Medical and sanitary report of the native army of Bengal for the year
Year: 1876
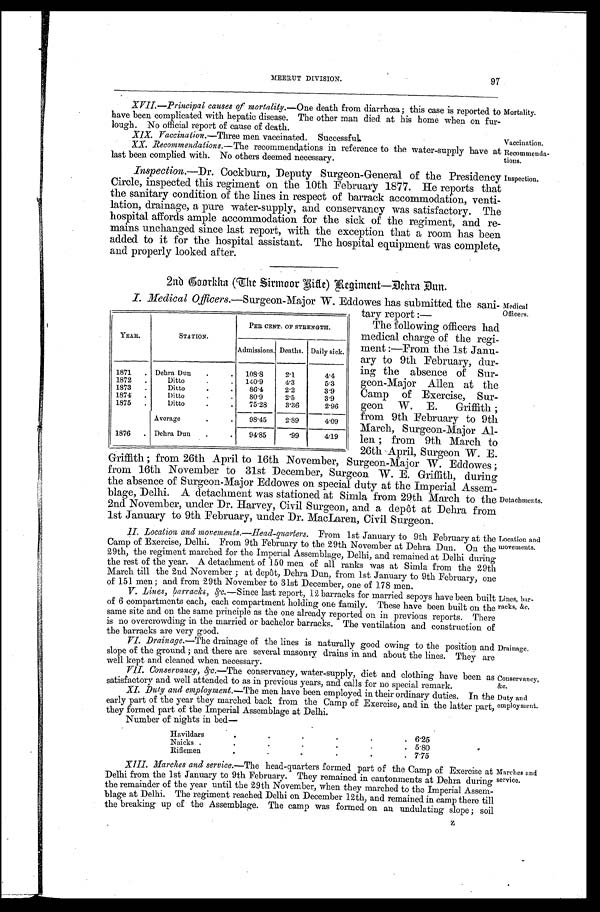
Officers.
Detachments.
Location and
movements.
97
MEERUT DIVISION.
XVII—Principal causes of mortality.—One death from. diarrhœa; this case is reported to Mortality.
have been complicated with hepatic disease. The other man died at his home when on fur
-lough. No official report of cause of death.
XIX.Vaccination.—Three men vaccinated. Successful.Vaccination.
XX. Recommendations.— The recommendations in reference to the water-supply have at
Recommenda- tions.
last been complied with. No others deemed necessary.
Inspection.—Dr. Cockburn, Deputy Surgeon-General of the Presidency Inspection.
Circle, inspected this regiment on the 10th February 1877. He reports that
the sanitary condition of the lines in respect of barrack accommodation, venti
-lation, drainage, a pure water-supply, and conservancy was satisfactory. The
hospital affords ample accommodation for the sick of the regiment, and re
-mains unchanged since last report, with the exception that a room has been
added to it for the hospital assistant. The hospital equipment was complete,
and properly looked after.
2nd Goorkha (The Sirmoor Kitle)Regiment—Dehra Dun.
I. Medical Officers.—Surgeon-Major W Eddowes has submitted the sani- Medical officers.
tary report:—
The following officers had
medical charge of the regi
-ment:—From the 1st Janu
-ary to 9th February, dur
-ing the absence of Sur
-geon-Major Allen at the
Camp of Exercise, Sur
-geon W. E. Griffith;
from 9th February to 9th
March, Surgeon-Major
; from 9th March to
26th April, Surgeon W. E.
Griffith; from 26th April to 16th November surgeon-Major W. Eddowes;
from 16th November to 31st December, Surgeon W. E. Griffith, during
the absence of Surgeon-Major Eddowes on special duty at the Imperial Assem
- b l a g e , D e l h i . A d e t a c h m e n t w a s s t a t i o n e d a t S i m l a f r o m 2 9 t h M a r c h t o t h e
2nd November, under Dr. Harvey, Civil Surgeon, and a depôt at Dehra from
1st January to 9th February, under Dr. MacLaren, Civil Surgeon.
YEAR.
STATION.
PER CENT. OF STRENGTH.
Admissions. Deaths. Daily sick.
1871 Dehra Dun
108. 8
2.1
4.4
•
1872
Ditto
140.9 4.3
5.3
.
1873
D i t t t o 86.4 2.2
3 . 9
1874
D i t t o 80.9 2.5
3.9
1875
Ditto
75.28 3.36 2.96
Average
98.45 2.89 4.09
1876 Dehra Dun
94.85 .99
4.19
. 1 1 . L o c a t i o n a n d m o v e m e n t s . — H e a d - q u a r t e r s .
F r o m 1 s t J a n u a r y t o 9 t h F e b r u a r y a t t h e
Camp of Exercise, Delhi. From 9th February to the 29th November at Dehra Dun. On the
29th, the regiment marched for the Imperial Assemblage, Delhi, and remained at Delhi during
the rest of the year. A detachment of 150 men of all ranks was at Simla from the 29th
Mar ch t i l l t he 2nd November ; at depôt , Dehr a Dun, f r om 1st Januar y t o 9t h Febr uar y, one
of 151 men; and from 29th November to 31st December, one of 178 men.
V. Lines,barracks, &c.—Since last report, 12 barracks for married sepoys have been built Lines, bar
-of 6 compartments each, each compartment holding one family. These have been built on the racks,
&c,same site and on the same principle as the one already reported on in previous reports. There
is no overcrowding in the married or bachelor barracks. The ventilation and construction of
the barracks are very good.
VI. Drainage.—The drainage of the lines is naturally good owing to the position and Drainage.
slope of the ground;there are several masonry drains in and about the lines. They are
well kept and cleand when necessary.
VII. Conservancy &c.—The conservancy, water-supply, diet and clothing have been as Conservancy,
satisfactory and well attended to as in previous years, and calls for no special remark.&c.
XI. Duly and employment— The men have been employed in their ordinary duties. In the Duty and
early part of the year they marched back from the Camp of Exercise, and in the latter part, employment.
they formed part of the Imperial Assemblage at Delhi.
Number of nights in bed—
XIII.
Delhi from the 1st January to 9th February. They remained in cantonments at Dehra during service.
the remainder of the year until the 29th November, when they marched to the Imperial Assem
-blage at Delhi. The regiment reached Delhi on December 12th, and remained in camp there till
the breaking up of the Assemblage. The camp was formed on an undulating slope; soil
Havildars
6 . 2 5
Naicks
5 . 8 0
Riflemen
7 . 7 5